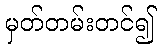
မှတ်တမ်းတင်၍